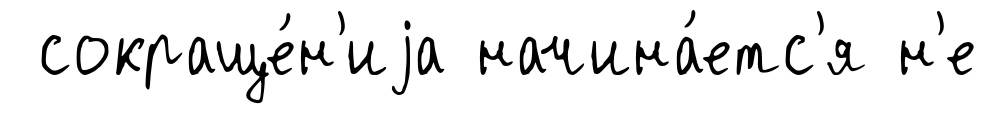
сокраще́н'иjа начина́етс'я н'е